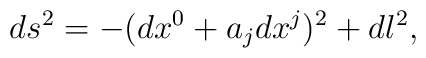
ds^2=-(dx^0+a_j d x^j)^2+dl^2,